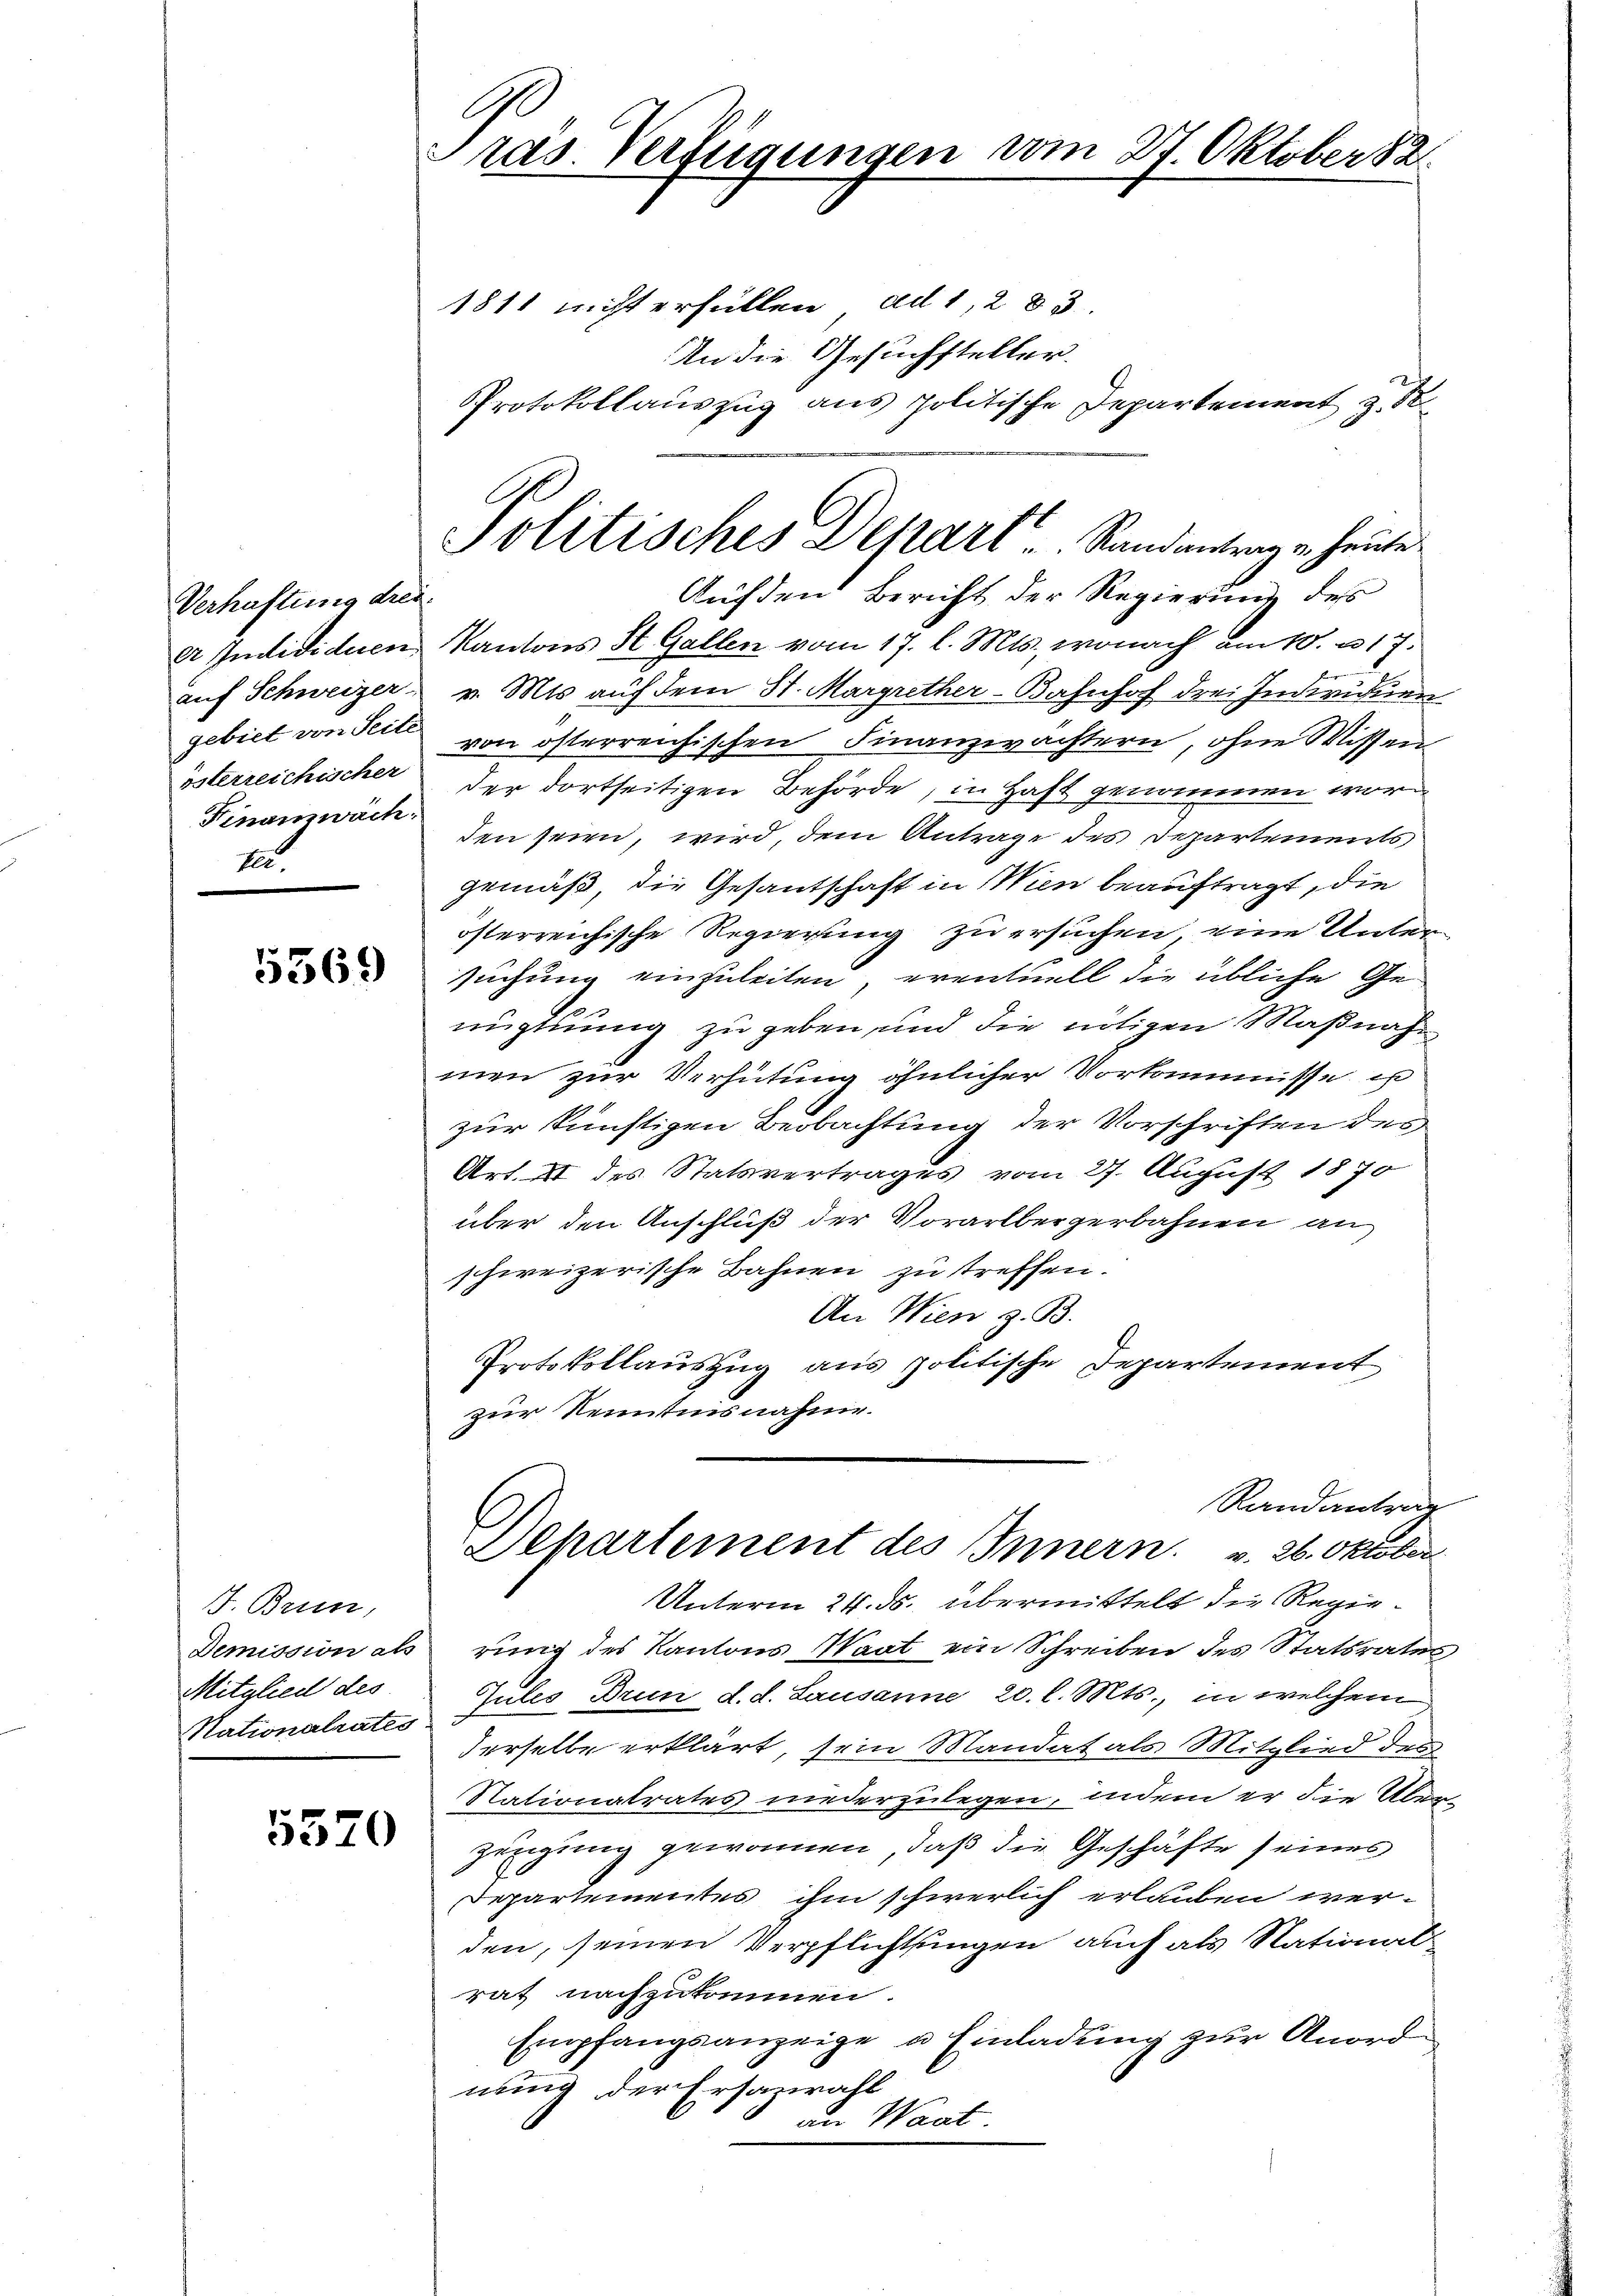
Verhaftung drei.
er Individuen
auf Schweizer-
gebiet von Seite
österreichischer
Finamwäch.
te.

5569

J. Brun
Demission als
Mitglied des
Nationalrates.

5370

Ge
ras. Verfügungen vom 27. Oktober 82.

Protokollauszug aus politische Departement z. B.
Politisches Depart u. Standantragen heute
Auf den Bericht der Regierung des

1811 nicht erfüllen, ad 1, 283.
An die Gesuchsteller.
Kantons St. Gallen vom 17. l. Mts., wonach am 10. u 17.
v. Mts. auf dem 31. Margrether-Bahnhof drei Individuum
von österreichischen Finanzwachtern, ohne Wissen,
der dortseitigen Behörde, in Haft genommen worden seien, wird, dem Antrage des Departements
gemäß, die Gesantschaft in Wien beauftragt, die
österreichische Regierung zu ersuchen, eine Untersuchung einzuleiten, eventuell die übliche Gex
nugtuung zu geben, und die nötigen Maßnahmen zur Verhütung ähnlicher Vorkommisse es
zur künftigen Beobachtung der Vorschriften des
Art. II des Statsvertrages vom 27. August 1870
über den Anschluß der Vorarlbergerbahnen an
schweizerische Bahnen zu treffen.
An Wien z. B.
Protokollauszug aus politische Departement
zur Rentinsnahme.

Randantrag
Departement des Innern. v. 26. Oktober

Unterm 24. ds. übermittelt die Regierung des Kantons Saat ein Schreiben des Statsrates
Jules Drun d. d. Lausanne 20. l. Mts., in welchem
derselbe erklärt, sein Mandat als Mitglied des
Nationalrates niederzulegen, indem er die Über-
zeugung gewonnen, daß die Geschäfte seines
Departementes ihm schwerlich erlauben werden, seinen Verpflichtungen auch als Nationalrat nachzukommen.
Empfangsanzeige u Einladung zur Anordnung der Ersazrahl
an Waat